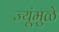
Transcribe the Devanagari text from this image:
ज्यूंमुळे